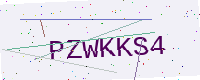
Text: PZWKKS4